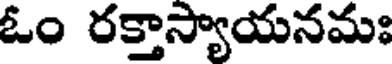
ఓం రక్తాస్యాయనమః